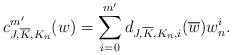
LaTeX: \begin{align*} c^{m'}_{J, \overline{K}, K_n}(w) = \sum_{i = 0}^{m'} d_{J, \overline{K}, K_n, i}(\overline{w})w_n^i.\end{align*}